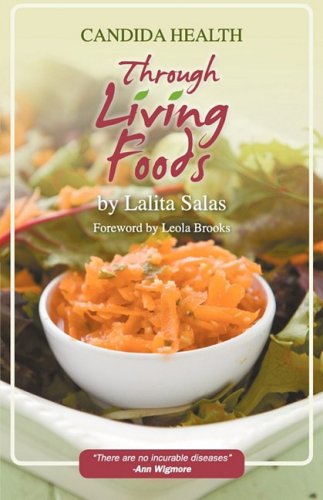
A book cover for Candida Health Through Living Foods; Lalita Salas; Health, Fitness & Dieting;